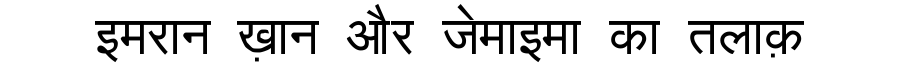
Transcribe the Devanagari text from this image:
इमरान ख़ान और जेमाइमा का तलाक़